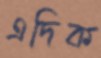
এদিক